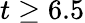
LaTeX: t\geq 6.5